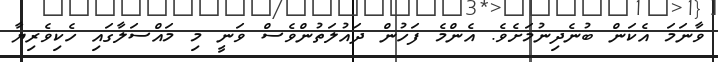
ވާނަމަ އެކަން ބުނެދިނުމަށެވެ. އެންމެ ފަހުން ދައުލަތުންވެސް ވަނީ މި މައްސަލާގައި ހެކިވެރިޔާ